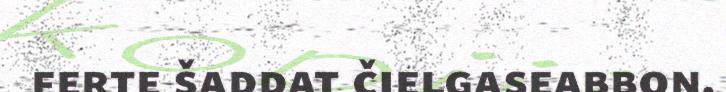
ferte šaddat čielgaseabbon.